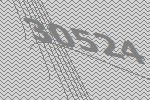
30524